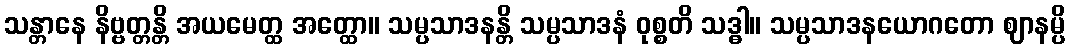
သန္တာနေ နိဗ္ဗတ္တန္တိ အယမေတ္ထ အတ္ထော။ သမ္ပသာဒနန္တိ သမ္ပသာဒနံ ဝုစ္စတိ သဒ္ဓါ။ သမ္ပသာဒနယောဂတော ဈာနမ္ပိ